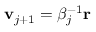
\mathbf { v } _ { j + 1 } = \beta _ { j } ^ { - 1 } \mathbf { r }